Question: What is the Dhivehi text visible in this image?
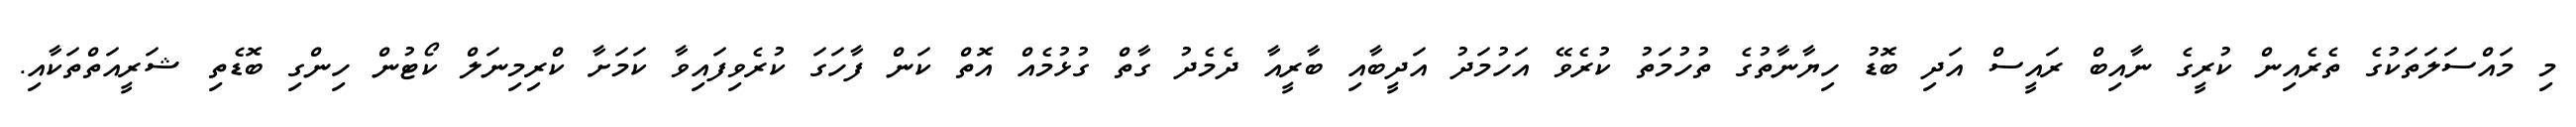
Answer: މި މައްސަލަތަކުގެ ތެރެއިން ކުރީގެ ނާއިބް ރައީސް އަދި ބޮޑު ހިޔާނާތުގެ ތުހުމަތު ކުރެވޭ އަހުމަދު އަދީބާއި ބާރީއާ ދެމެދު ގާތް ގުޅުމެއް އޮތް ކަން ފާހަގަ ކުރެވިފައިވާ ކަމަށާ ކްރިމިނަލް ކޯޓުން ހިންގި ބޮޑެތި ޝަރީއަތްތަކާއި.